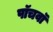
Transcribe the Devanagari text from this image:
पाॅचवाॅ